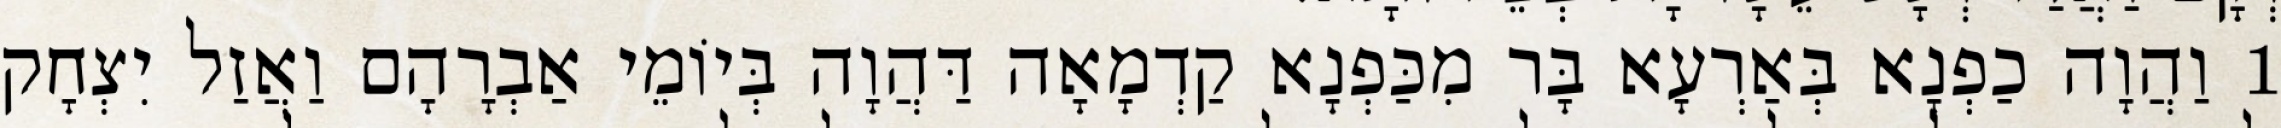
1 וַהֲוָה כַפְנָא בְּאַרְעָא בָּר מִכַּפְנָא קַדְמָאָה דַּהֲוָה בְּיוֹמֵי אַבְרָהָם וַאֲזַל יִצְחָק